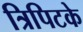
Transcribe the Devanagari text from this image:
त्रिपिटके